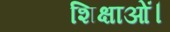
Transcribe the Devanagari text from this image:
शिक्षाओं।